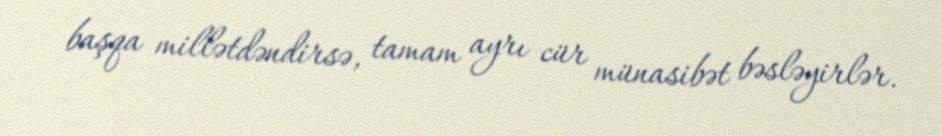
başqa millətdəndirsə, tamam ayrı cür münasibət bəsləyirlər.